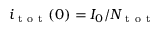
i _ { \mathrm { ~ t ~ o ~ t ~ } } ( 0 ) = I _ { 0 } / N _ { \mathrm { ~ t ~ o ~ t ~ } }